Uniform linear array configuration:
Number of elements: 32
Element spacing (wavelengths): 0.25
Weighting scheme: hann
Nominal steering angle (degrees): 30
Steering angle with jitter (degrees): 30.654
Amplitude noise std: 0.05
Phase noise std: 0.05

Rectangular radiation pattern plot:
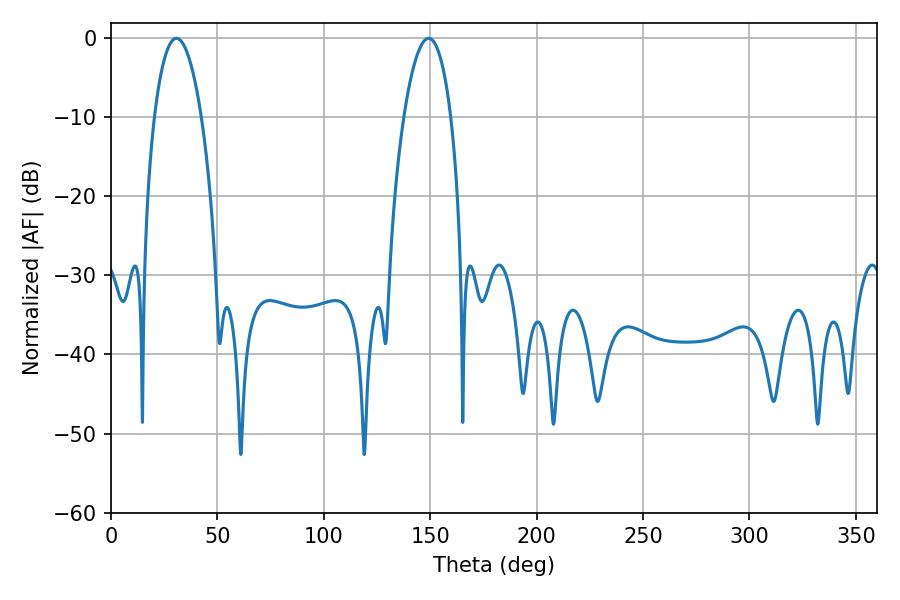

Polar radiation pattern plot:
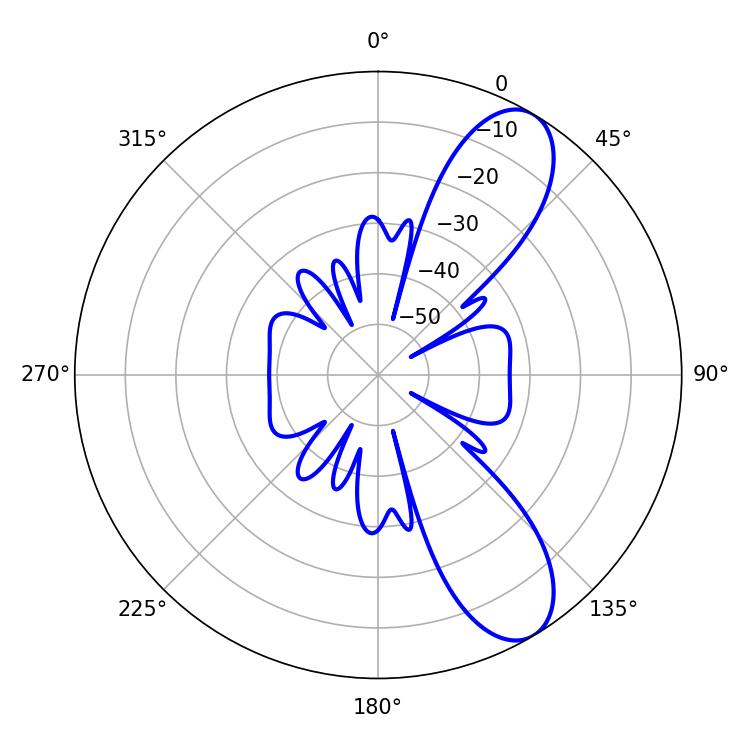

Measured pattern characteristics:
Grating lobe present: FALSE
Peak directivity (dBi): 9.288
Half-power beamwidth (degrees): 12.24
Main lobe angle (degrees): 30.78